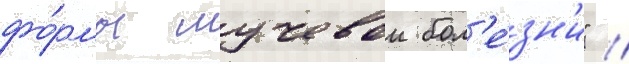
фо́рмы лучевои бол'е́зн'и" //